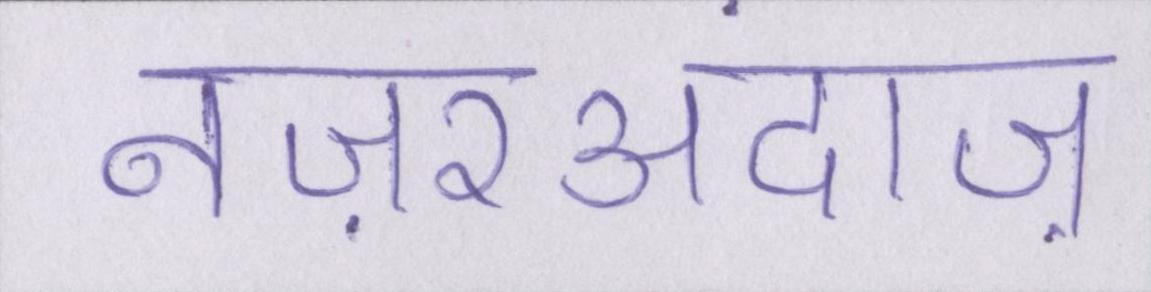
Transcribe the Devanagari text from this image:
नज़रअंदाज़